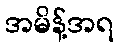
အမိန့်အရ